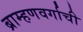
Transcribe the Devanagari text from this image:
ब्राम्हणवर्गाची